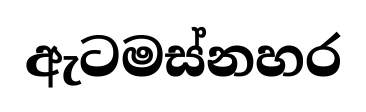
ඇටමස්නහර